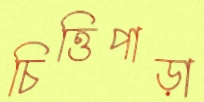
চিত্তিপাড়া